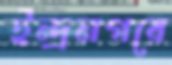
ইন্দ্রনগরে